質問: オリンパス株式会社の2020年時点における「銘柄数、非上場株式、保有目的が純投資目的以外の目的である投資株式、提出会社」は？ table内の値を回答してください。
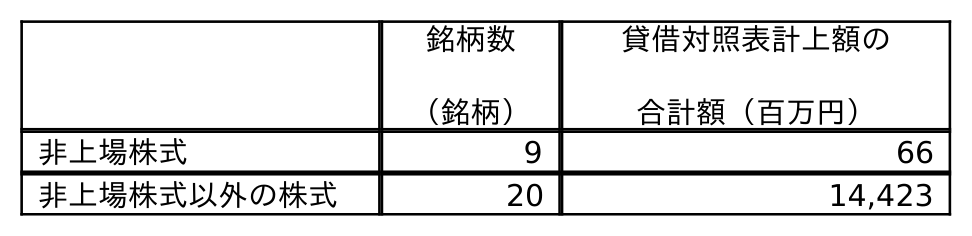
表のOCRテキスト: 銘柄数 （銘柄） 貸借対照表計上額の 合計額（百万円） 非上場株式 9 66 非上場株式以外の株式 20 14,423
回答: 9